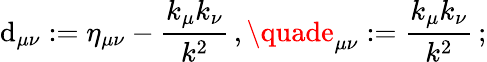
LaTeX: \mathrm{d}_{\mu\nu}:=\eta_{\mu\nu}-\frac{{k_{\mu}k_{\nu}}}{{k^{2}}}\, ,\quade_{\mu\nu}:=\frac{{k_{\mu}k_{\nu}}}{{k^{2}}}\, ;